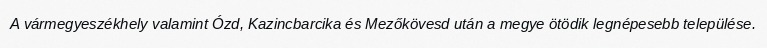
A vármegyeszékhely valamint Ózd, Kazincbarcika és Mezőkövesd után a megye ötödik legnépesebb települése.